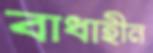
বাধাহীন